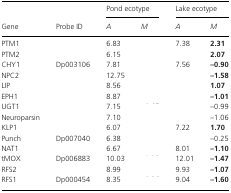
<table><thead><tr><td>[EMPTY_CELL]</td><td>[EMPTY_CELL]</td><td colspan="2"><b>Pond ecotype</b></td><td colspan="2"><b>Lake ecotype</b></td></tr><tr><td><b>Gene</b></td><td><b>Probe ID</b></td><td><b><i>A</i></b></td><td><b><i>M</i></b></td><td><b><i>A</i></b></td><td><b><i>M</i></b></td></tr></thead><tbody><tr><td>PTM1</td><td>[EMPTY_CELL]</td><td>6.83</td><td>[EMPTY_CELL]</td><td>7.38</td><td><b>2.31</b></td></tr><tr><td>PTM2</td><td>[EMPTY_CELL]</td><td>6.15</td><td>[EMPTY_CELL]</td><td>[EMPTY_CELL]</td><td><b>2.07</b></td></tr><tr><td>CHY1</td><td>Dp003106</td><td>7.81</td><td>[EMPTY_CELL]</td><td>7.56</td><td><b>–0.90</b></td></tr><tr><td>NPC2</td><td>[EMPTY_CELL]</td><td>12.75</td><td>[EMPTY_CELL]</td><td>[EMPTY_CELL]</td><td><b>–1.58</b></td></tr><tr><td>LIP</td><td>[EMPTY_CELL]</td><td>8.56</td><td>[EMPTY_CELL]</td><td>[EMPTY_CELL]</td><td><b>1.07</b></td></tr><tr><td>EPH1</td><td>[EMPTY_CELL]</td><td>8.87</td><td>[EMPTY_CELL]</td><td>[EMPTY_CELL]</td><td><b>–1.01</b></td></tr><tr><td>UGT1</td><td>[EMPTY_CELL]</td><td>7.15</td><td>[EMPTY_CELL]</td><td>[EMPTY_CELL]</td><td>–0.99</td></tr><tr><td>Neuroparsin</td><td>[EMPTY_CELL]</td><td>7.10</td><td>[EMPTY_CELL]</td><td>[EMPTY_CELL]</td><td>–1.06</td></tr><tr><td>KLP1</td><td>[EMPTY_CELL]</td><td>6.07</td><td>[EMPTY_CELL]</td><td>7.22</td><td><b>1.70</b></td></tr><tr><td>Punch</td><td>Dp007040</td><td>6.38</td><td>[EMPTY_CELL]</td><td>[EMPTY_CELL]</td><td>–0.25</td></tr><tr><td>NAT1</td><td>[EMPTY_CELL]</td><td>6.67</td><td>[EMPTY_CELL]</td><td>8.01</td><td><b>–1.10</b></td></tr><tr><td>tMOX</td><td>Dp006883</td><td>10.03</td><td>[EMPTY_CELL]</td><td>12.01</td><td><b>–1.47</b></td></tr><tr><td>RFS2</td><td>[EMPTY_CELL]</td><td>8.99</td><td>[EMPTY_CELL]</td><td>9.93</td><td><b>–1.07</b></td></tr><tr><td>RFS1</td><td>Dp000454</td><td>8.35</td><td>[EMPTY_CELL]</td><td>9.04</td><td><b>–1.60</b></td></tr></tbody></table>